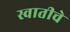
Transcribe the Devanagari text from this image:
स्वातीचे